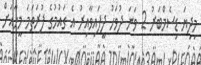
މިދިޔަ ޑިސެމްބަރު 2 ވަނަ ދުވަހު ދީފައިވާއިރު އެ ގައުމުގެ ފުރަތަމަ މީހާއަށް